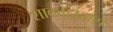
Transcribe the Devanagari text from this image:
शाकाहारास